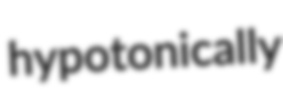
hypotonically